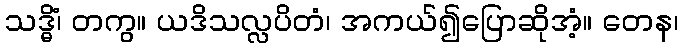
သဒ္ဓိံ၊ တကွ။ ယဒိသလ္လပိတံ၊ အကယ်၍ပြောဆိုအံ့။ တေန၊